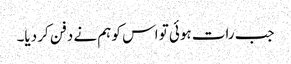
جب رات ہوئی تو اس کو ہم نے دفن کر دیا۔